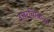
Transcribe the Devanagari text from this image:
उत्तरचिकित्सा